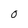
Character: O